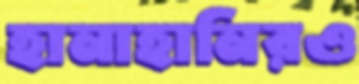
হানাহানিরও